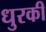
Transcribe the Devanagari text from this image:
धुरकी